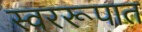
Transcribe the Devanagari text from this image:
स्वररूपात